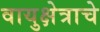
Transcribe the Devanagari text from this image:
वायुक्षेत्राचे